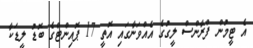
އެ ޓީމުން ފްރާންސް ލީގުގެ އެއްވަނާގައި އޮތީ 17 ޕޮއިންޓްގެ ބޮޑު ލީޑަކާ